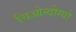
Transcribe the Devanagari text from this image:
चिओन्दोग्यो